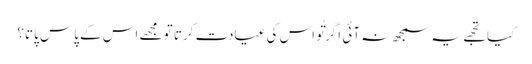
کیا تجھے یہ سمجھ نہ آئی اگر تُو اس کی عیادت کرتا تو مجھے اس کے پاس پاتا؟